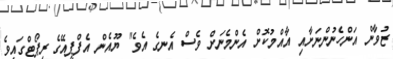
ޒުވާން އަންހެނުންނަށާއި އާއްމުކޮށް އެންމެނަށް ވެސް އެނގެ އެވެ" ޔޫއެން އެފްޕީއޭގެ ރިޕޯޓްގައިވެ